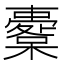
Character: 櫜